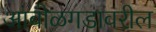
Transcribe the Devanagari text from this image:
आंबोळगडावरील